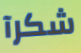
شكرآ